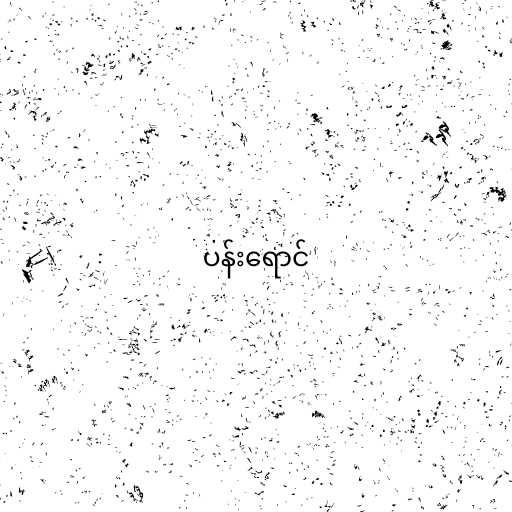
ပန်းရောင်